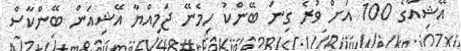
އޭޝިއާގެ 100 އަށް ވުރެ ގިނަ ބޭންކު ހިމެނޭ ޖަމިއްޔާ އޭޝިއަން ބޭންކާސް